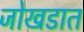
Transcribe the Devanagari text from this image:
जोखडात